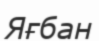
Яғбан